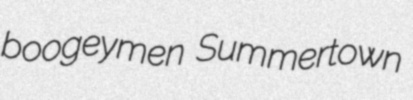
boogeymen Summertown